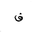
Letter: _fa